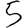
Digit: 5